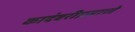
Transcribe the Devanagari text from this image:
कादंबरीप्रमाणे